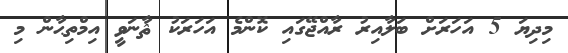
މިދިޔަ 5 އަހަރަށް ބަލާއިރު ރާއްޖޭގައި ކޮންމެ އަހަރަކު ޘާނަވީ އިމްތިޙާން މި